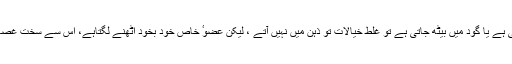
(۲) ایک اورمسئلہ یہ ہے کہ جب کوئی چھوٹی لڑکی پاس آجاتی ہے یا گود میں بیٹھ جاتی ہے تو غلط خیالات تو ذہن میں نہیں آتے ، لیکن عضوٴ خاص خود بخود اٹھنے لگتاہے، اس سے سخت غصہ آتاہے کہکسی غلط خیال کے بغیر عضوٴ خاص آٹھنے لگتاہے۔